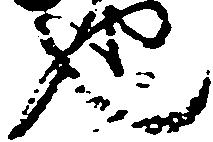
也